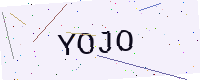
Text: YOJO